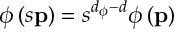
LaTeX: \phi \left( s { \bf p } \right) = s ^ { d _ { \phi } - d } \phi \left( { \bf p } \right)